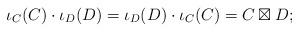
LaTeX: \begin{align*}\iota_C(C)\cdot \iota_D(D) =\iota_D(D)\cdot \iota_C(C) =C \boxtimes D;\end{align*}